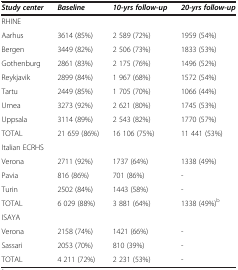
<table><thead><tr><td><b><i>Study center</i></b></td><td><b><i>Baseline</i></b></td><td><b><i>10-yrs follow-up</i></b></td><td><b><i>20-yrs follow-up</i></b></td></tr></thead><tbody><tr><td>RHINE</td><td> </td><td> </td><td> </td></tr><tr><td>Aarhus</td><td>3614 (85%)</td><td>2 589 (72%)</td><td>1959 (54%)</td></tr><tr><td>Bergen</td><td>3449 (82%)</td><td>2 506 (73%)</td><td>1833 (53%)</td></tr><tr><td>Gothenburg</td><td>2861 (83%)</td><td>2 175 (76%)</td><td>1496 (52%)</td></tr><tr><td>Reykjavik</td><td>2899 (84%)</td><td>1 967 (68%)</td><td>1572 (54%)</td></tr><tr><td>Tartu</td><td>2449 (85%)</td><td>1 705 (70%)</td><td>1066 (44%)</td></tr><tr><td>Umea</td><td>3273 (92%)</td><td>2 621 (80%)</td><td>1745 (53%)</td></tr><tr><td>Uppsala</td><td>3114 (89%)</td><td>2 543 (82%)</td><td>1770 (57%)</td></tr><tr><td>TOTAL</td><td>21 659 (86%)</td><td>16 106 (75%)</td><td>11 441 (53%)</td></tr><tr><td>Italian ECRHS</td><td> </td><td> </td><td> </td></tr><tr><td>Verona</td><td>2711 (92%)</td><td>1737 (64%)</td><td>1338 (49%)</td></tr><tr><td>Pavia</td><td>816 (86%)</td><td>701 (86%)</td><td>-</td></tr><tr><td>Turin</td><td>2502 (84%)</td><td>1443 (58%)</td><td>-</td></tr><tr><td>TOTAL</td><td>6 029 (88%)</td><td>3 881 (64%)</td><td>1338 (49%)<sup>b</sup></td></tr><tr><td>ISAYA</td><td> </td><td> </td><td> </td></tr><tr><td>Verona</td><td>2158 (74%)</td><td>1421 (66%)</td><td>-</td></tr><tr><td>Sassari</td><td>2053 (70%)</td><td>810 (39%)</td><td>-</td></tr><tr><td>TOTAL</td><td>4 211 (72%)</td><td>2 231 (53%)</td><td>-</td></tr></tbody></table>